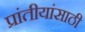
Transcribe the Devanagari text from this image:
प्रांतीयांसाठी